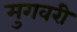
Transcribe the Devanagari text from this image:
मुगवरी